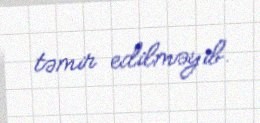
təmir edilməyib.